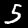
Label: 5